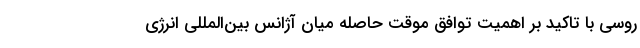
روسی با تاکید بر اهمیت توافق موقت حاصله میان آژانس بین‌المللی انرژی